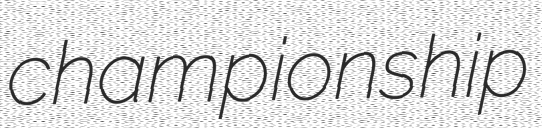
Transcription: championship